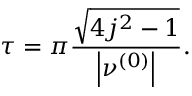
\tau = \pi \frac { \sqrt { 4 j ^ { 2 } - 1 } } { \left\vert \nu ^ { \left( 0 \right) } \right\vert } .